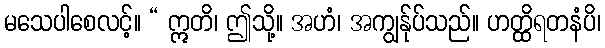
မသေပါစေလင့်။ “ ဣတိ၊ ဤသို့။ အဟံ၊ အကျွန်ုပ်သည်။ ဟတ္ထိရတနံပိ၊